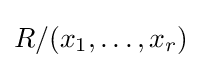
R/(x_{1},\dots ,x_{r})